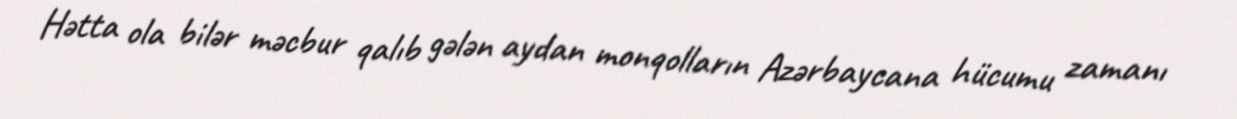
Hətta ola bilər məcbur qalıb gələn aydan monqolların Azərbaycana hücumu zamanı